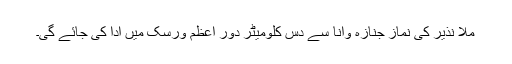
ملا نذیر کی نمازِ جنازہ وانا سے دس کلومیٹر دور اعظم ورسک میں ادا کی جائے گی۔